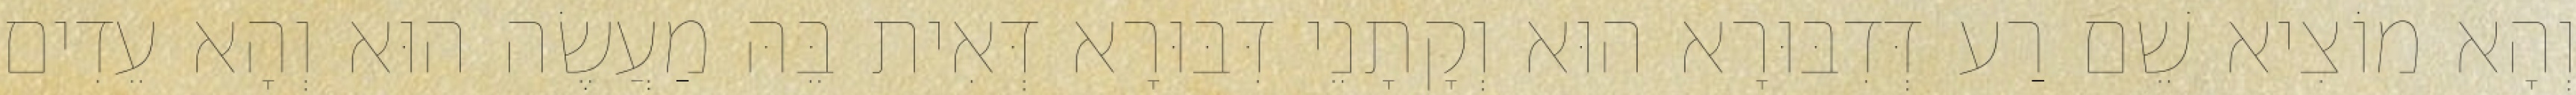
וְהָא מוֹצִיא שֵׁם רַע דְּדִבּוּרָא הוּא וְקָתָנֵי דִּבּוּרָא דְּאִית בֵּהּ מַעֲשֶׂה הוּא וְהָא עֵדִים